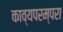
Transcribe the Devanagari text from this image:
काव्यपरम्परा